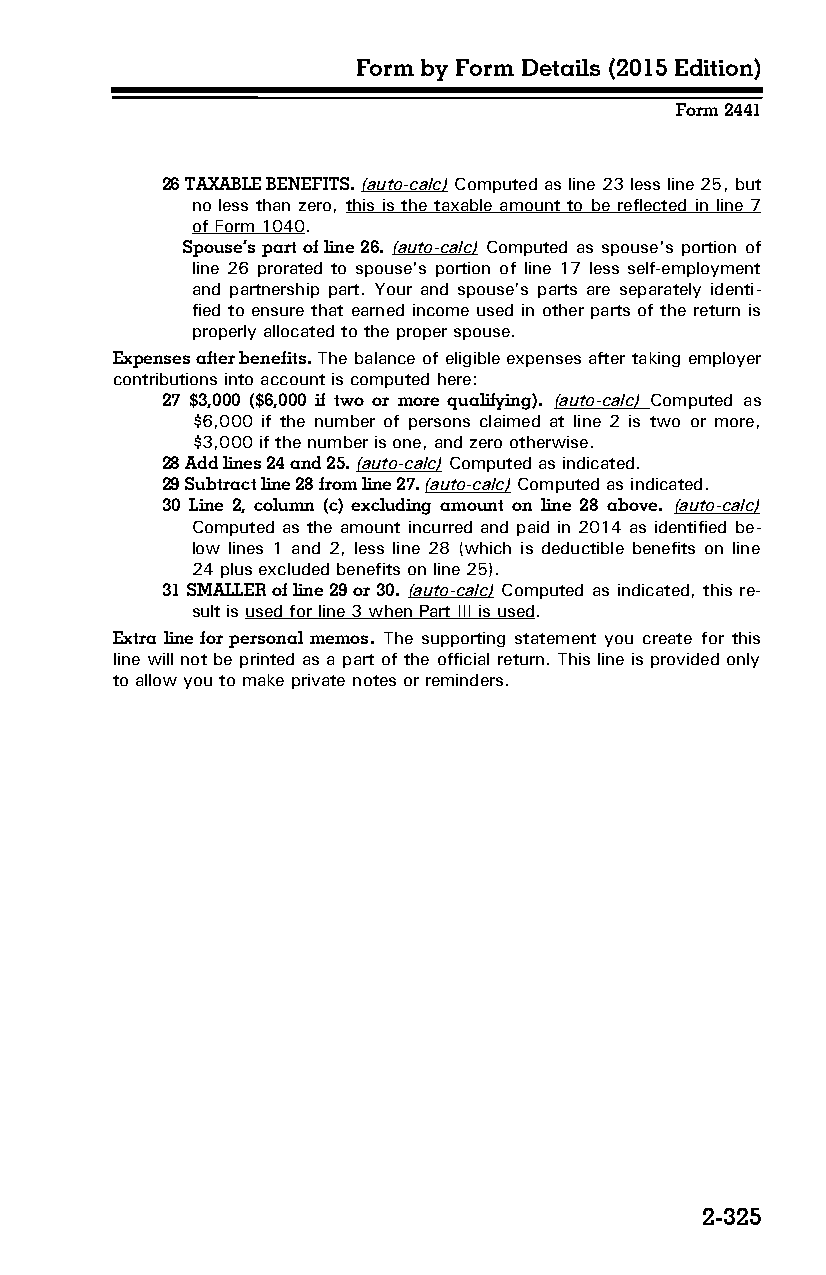
Form by Form Details (2015 Edition)
 Form 2441
 26 TAXABLE BENEFITS. (auto-calc) Computed as line 23 less line 25, but
 no less than zero, this is the taxable amount to be reflected in line 7
 of Form 1040.
 Spouse’s part of line 26. (auto-calc) Computed as spouse's portion of
 line 26 prorated to spouse's portion of line 17 less self-employment
 and partnership part. Your and spouse’s parts are separately identi­
 fied to ensure that earned income used in other parts of the return is
 properly allocated to the proper spouse.
 Expenses after benefits. The balance of eligible expenses after taking employer
 contributions into account is computed here:
 27 $3,000 ($6,000 if two or more qualifying). (auto-calc) Computed as
 $6,000 if the number of persons claimed at line 2 is two or more,
 $3,000 if the number is one, and zero otherwise.
 28 Add lines 24 and 25. (auto-calc) Computed as indicated.
 29 Subtract line 28 from line 27. (auto-calc) Computed as indicated.
 30 Line 2, column (c) excluding amount on line 28 above. (auto-calc)
 Computed as the amount incurred and paid in 2014 as identified be­
 low lines 1 and 2, less line 28 (which is deductible benefits on line
 24 plus excluded benefits on line 25).
 31 SMALLER of line 29 or 30. (auto-calc) Computed as indicated, this re­
 sult is used for line 3 when Part III is used.
 Extra line for personal memos. The supporting statement you create for this
 line will not be printed as a part of the official return. This line is provided only
 to allow you to make private notes or reminders.
 2-325